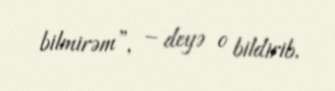
bilmirəm”, – deyə o bildirib.